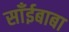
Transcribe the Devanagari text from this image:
साँईबाबा